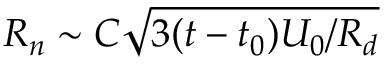
R _ { n } \sim C \sqrt { 3 ( t - t _ { 0 } ) U _ { 0 } / R _ { d } }